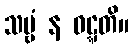
သဗ္ဗံ န ဝဋ္ဋတိ။